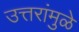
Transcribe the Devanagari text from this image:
उत्तरांमुळे